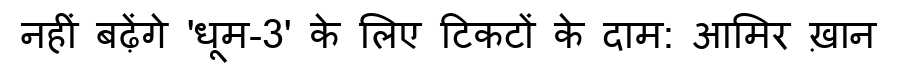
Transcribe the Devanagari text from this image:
नहीं बढ़ेंगे 'धूम-3' के लिए टिकटों के दाम: आमिर ख़ान